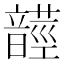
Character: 𩐺